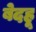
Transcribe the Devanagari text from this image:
बेदहू